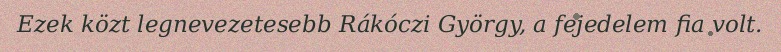
Ezek közt legnevezetesebb Rákóczi György, a fejedelem fia volt.